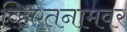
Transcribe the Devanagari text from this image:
व्हिएतनामवर